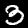
Label: 3